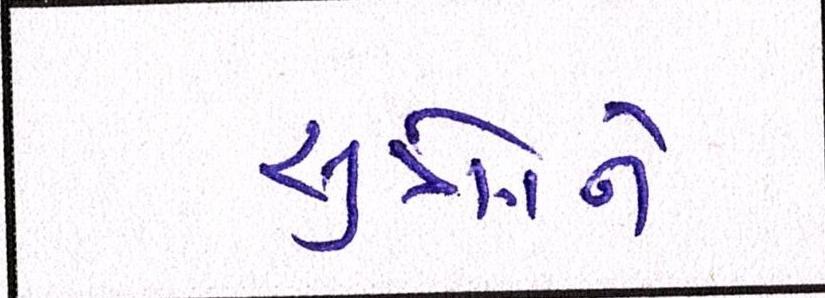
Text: સુત્રોને